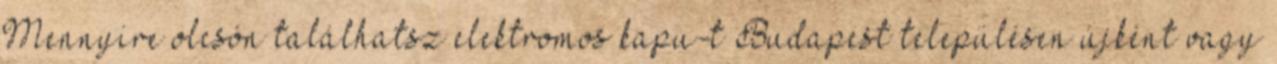
Mennyire olcsón találhatsz elektromos kapu-t Budapest településen újként vagy